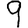
Digit: 9